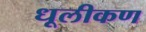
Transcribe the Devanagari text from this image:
धूलीकण